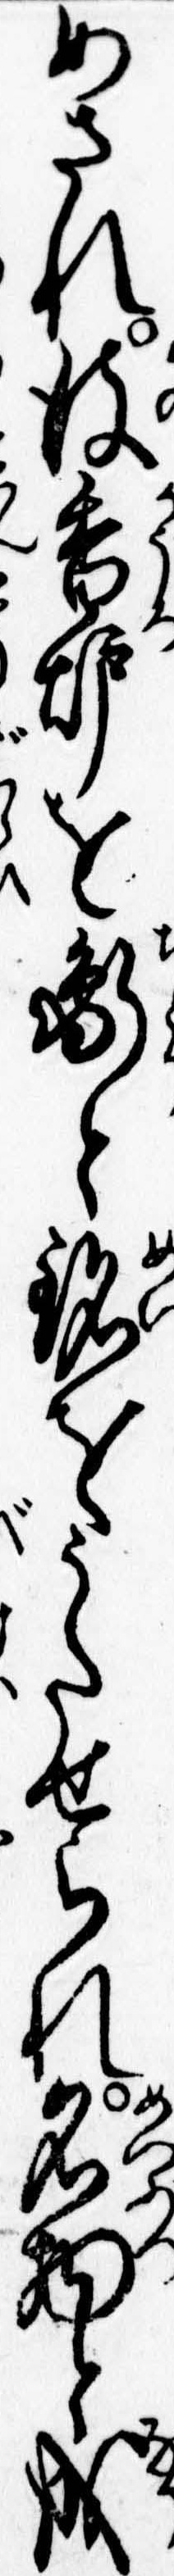
めされ彼香炉を鵆と銘をうたせられ名物と成